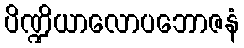
ပိဏ္ဍိယာလောပဘောဇနံ